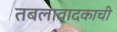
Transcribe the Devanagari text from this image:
तबलावादकाची